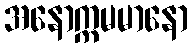
အနောက္ကမမာနော